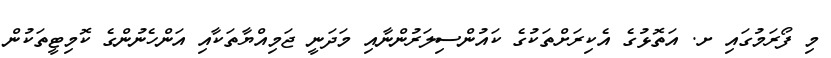
މި ފޯރަމުގައި ށ. އަތޮޅުގެ އެކިރަށްތަކުގެ ކައުންސިލަރުންނާއި މަދަނީ ޖަމިއްޔާތަކާއި އަންހެނުންގެ ކޮމިޓީތަކުން